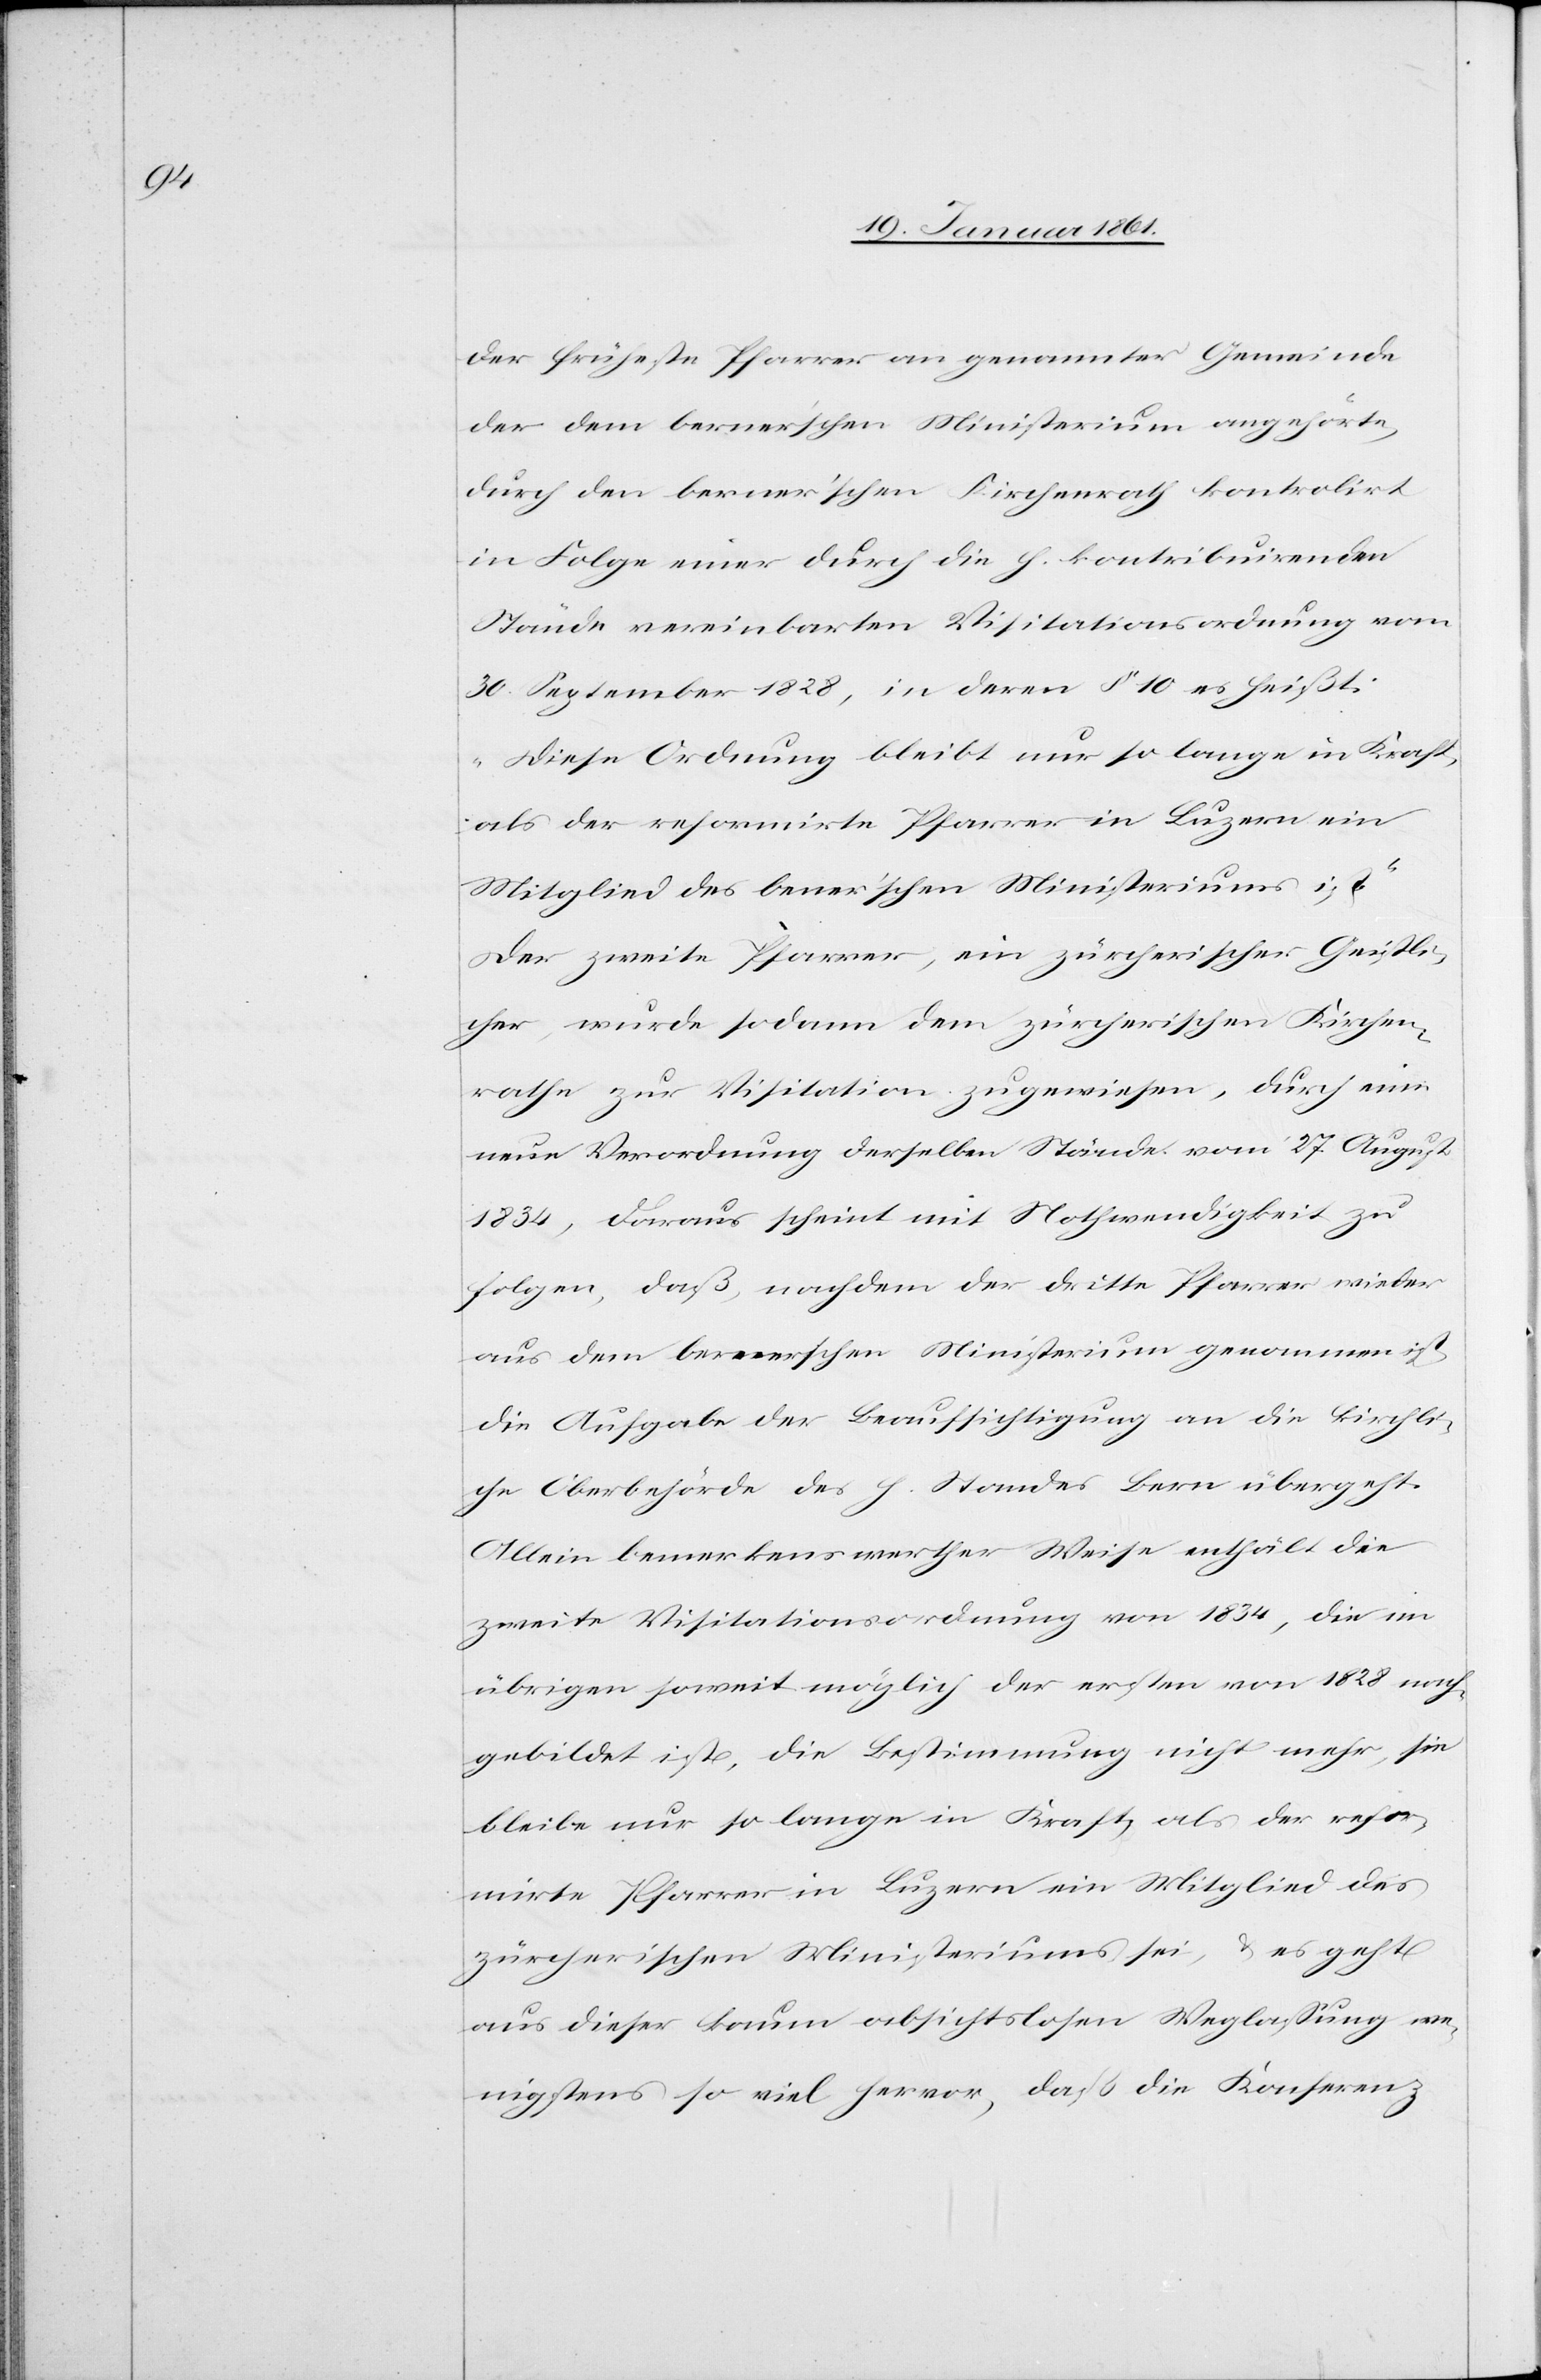
der früheste Pfarrer an genannter Gemeinde
in Folge einer durch die h. kontribuirenden
Stände vereinbarten Visitationsordnung vom
30. September 1828, in deren §. 10 es heißt:
„Diese Ordnung bleibt nur so lange in Kraft,
als der reformirte Pfarrer in Luzern ein
Mitglied des be[r]ner’schen Ministeriums ist“
Der zweite Pfarrer, ein zürcherischer Geistli¬
cher, wurde sodann dem zürcherischen Kirchen¬
rathe zur Visitation zugewiesen, durch eine
neue Verordnung derselben Stände vom 27. August
1834, daraus scheint mit Nothwendigkeit zu
folgen, daß, nachdem der dritte Pfarrer wieder
aus dem bernerschen Ministerium genommen ist,
die Aufgabe der Beaufsichtigung an die kirchli¬
che Oberbehörde des h. Standes Bern übergeht.
Allein bemerkenswerther Weise enthält die
zweite Visitationsordnung von 1834, die im
übrigen soweit möglich der ersten von 1828 nach¬
gebildet ist, die Bestimmung nicht mehr, sie
bleibe nur so lange in Kraft, als der refor¬
mirte Pfarrer in Luzern ein Mitglied des
zürcherischen Ministeriums sei, u. es geht
aus dieser kaum absichtslosen Weglassung we¬
nigstens so viel hervor, daß die Konferenz